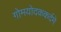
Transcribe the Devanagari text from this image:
गोमयोदककर्दमे